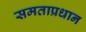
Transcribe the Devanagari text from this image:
समताप्रधान